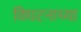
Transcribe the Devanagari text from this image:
विघटनाच्या